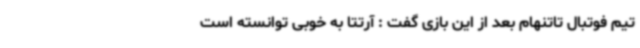
تیم فوتبال تاتنهام بعد از این بازی گفت : آرتتا به خوبی توانسته است